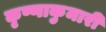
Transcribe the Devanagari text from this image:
कृष्णाकुमारी